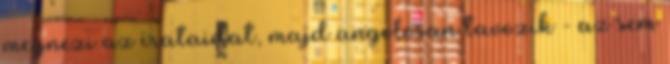
megnezi az irataidat, majd angolosan tavozik - az sem